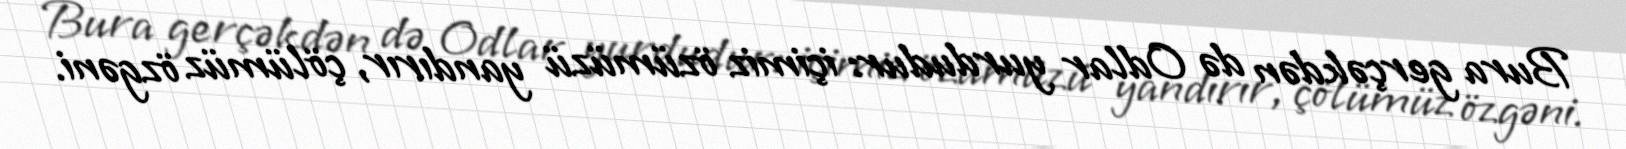
Bura gerçəkdən də Odlar yurdudur: içimiz özümüzü yandırır, çölümüz özgəni.